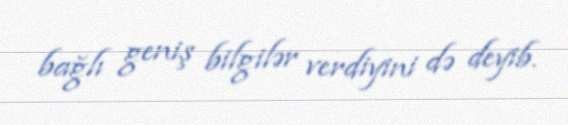
bağlı geniş bilgilər verdiyini də deyib.